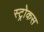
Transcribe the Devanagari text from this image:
स्ट्रोकस